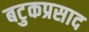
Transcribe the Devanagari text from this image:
बटुकप्रसाद